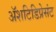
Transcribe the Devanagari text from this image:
अॅशटिडिप्रेसंट